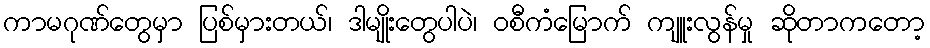
ကာမဂုဏ်တွေမှာ ပြစ်မှားတယ်၊ ဒါမျိုးတွေပါပဲ၊ ဝစီကံမြောက် ကျူးလွန်မှု ဆိုတာကတော့